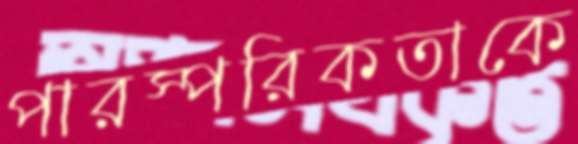
পারস্পরিকতাকে